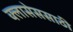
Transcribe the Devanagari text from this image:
क्लासेससाठी